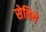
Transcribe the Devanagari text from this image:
सेविये